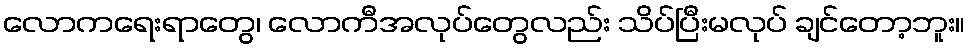
လောကရေးရာတွေ၊ လောကီအလုပ်တွေလည်း သိပ်ပြီးမလုပ် ချင်တော့ဘူး။